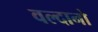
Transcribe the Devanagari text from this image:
वल्दानो